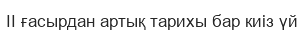
II ғасырдан артық тарихы бар киіз үй